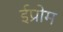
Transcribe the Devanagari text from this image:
ईप्रोम